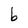
Character: b